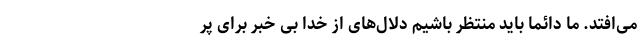
می‌افتد. ما دائماً باید منتظر باشیم دلال‌های از خدا بی خبر برای پر